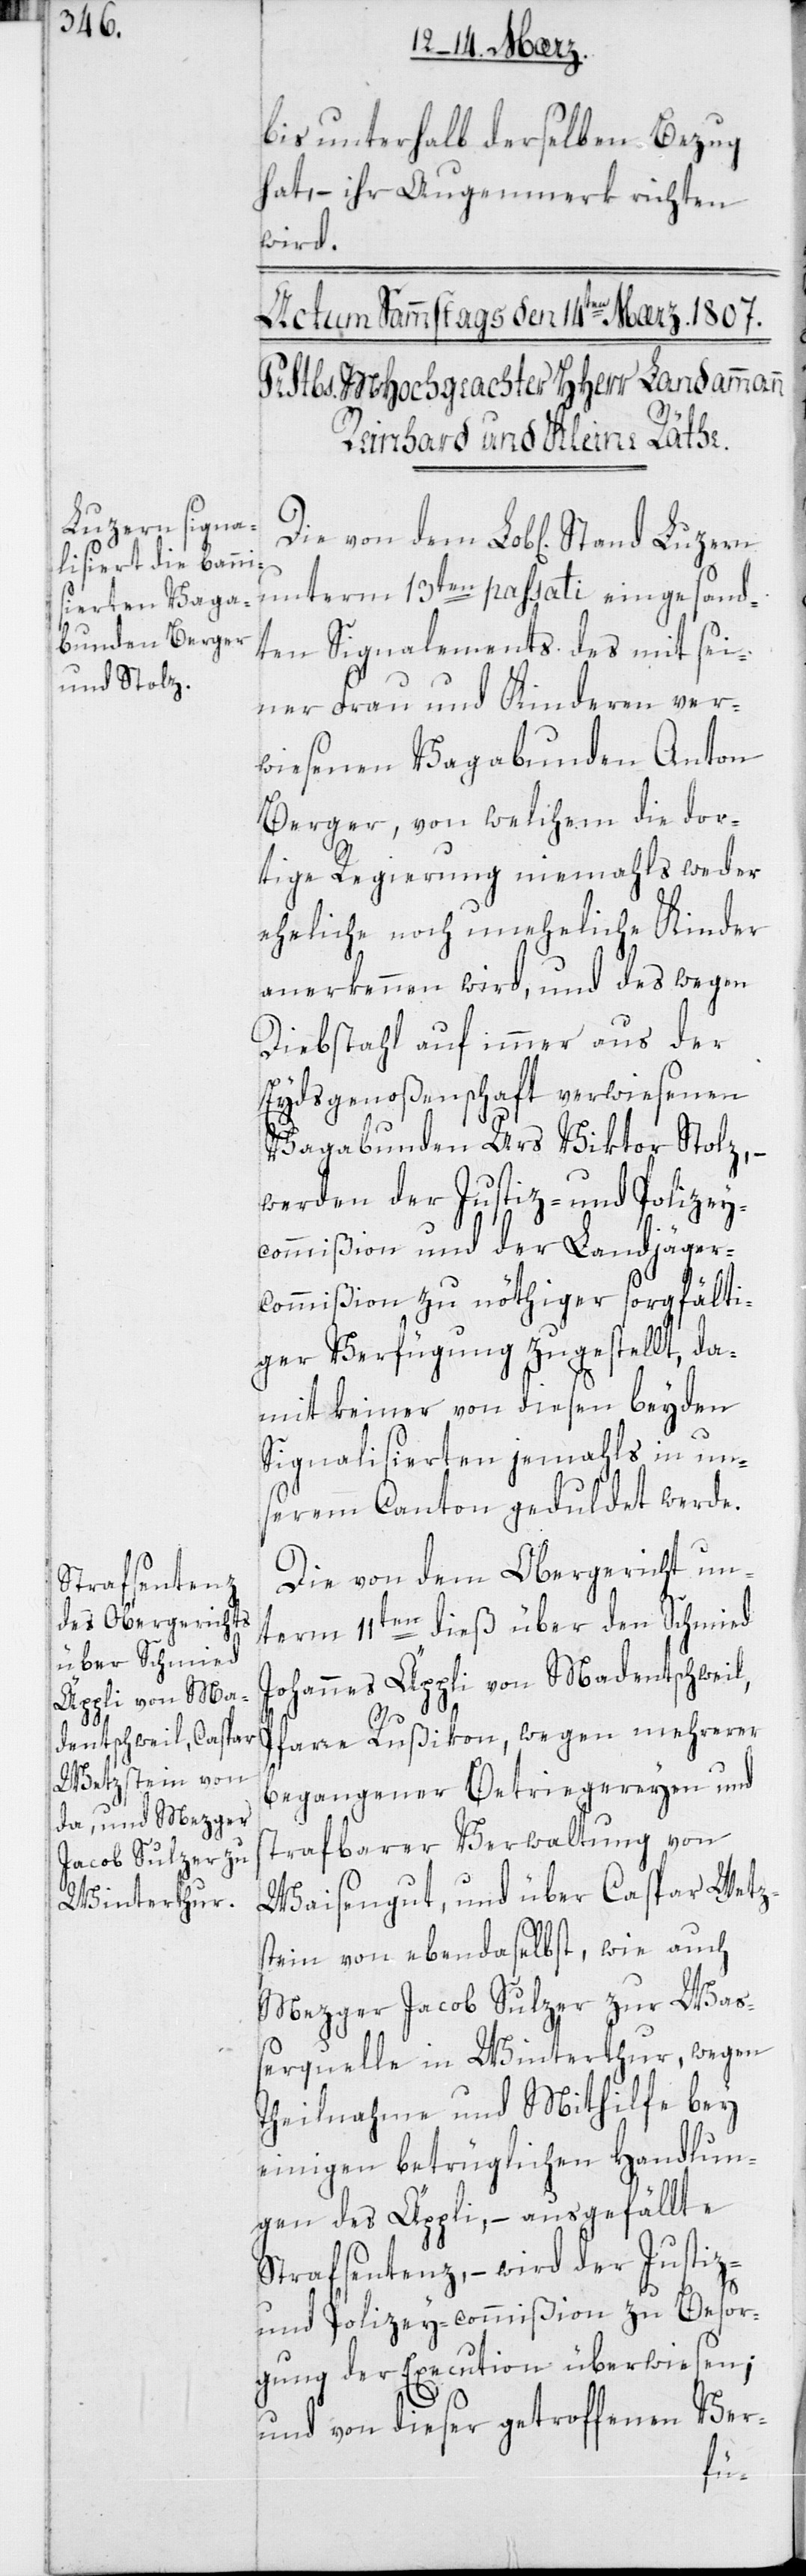
bis unterhalb derselben Bezug
hat, – ihr Augenmerk richten
wird.
unterm 13ten pass: eingesand¬
ten Signalements des mit sei¬
ner Frau und Kinderen ver¬
wiesenen Vagabunden Anton
Berger, von welchem die dor¬
tige Regierung niemals weder
eheliche noch uneheliche Kinder
anerkennen wird, und des wegen
Diebstahl auf immer aus der
Eydsgenoßenschaft verwiesenen
Vagabunden Urs Viktor Stolz, –
werden der Justiz- und Polizey¬
commißion und der Landjäger¬
commißion zu nöthiger sorgfälti¬
ger Verfügung zugestellt, da¬
mit keiner von diesen beyden
Signalisierten jemahls in un¬
serem Canton geduldet werde.
Die von dem Obergericht un¬
term 11ten dieß über den Schmied
Johannes Äppli von Madentschweil,
Pfarre Rußikon, wegen mehrern
begangener Betriegereyen und
strafbarer Verwaltung von
Waisengut; und über Caspar Wetz¬
stein von ebendaselbst, wie auch
Mezger Jacob Sulzer zur Was¬
serquelle in Winterthur, wegen
Theilnahme und Mithilfe bey
einigen betrüglichen Handlun¬
gen des Äppli, – ausgefällte
Strafsentenz, – wird der Justiz-
und Polizey-commißion zu Besor¬
gung der Execution überwiesen;
und von dieser getroffenen Ver-